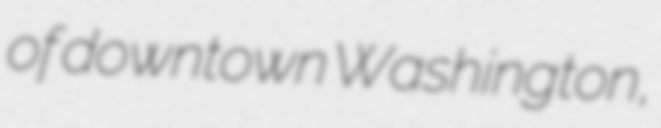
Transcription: of downtown Washington,